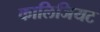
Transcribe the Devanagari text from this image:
कालिजियट